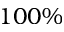
1 0 0 \%